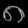
Digit: ၈